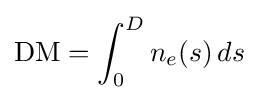
\mathrm {DM} =\int _{0}^{D}n_{e}(s)\,ds